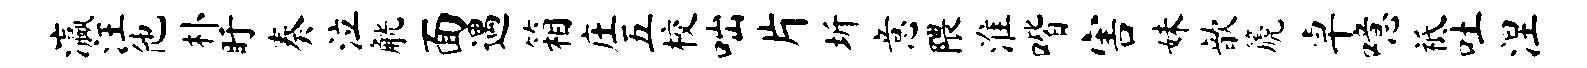
瀛汪他朴盱奏泣觥面遇箱庄五校咄片圻意隈淮喈害妹歆篪卓噫祗吐涅